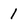
Character: 1